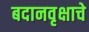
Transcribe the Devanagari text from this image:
बदानवृक्षाचे